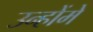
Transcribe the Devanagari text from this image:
उन्होंमे